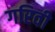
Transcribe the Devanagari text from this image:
गरिवी